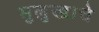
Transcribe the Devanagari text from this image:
मुलुखाचे